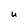
Character: U